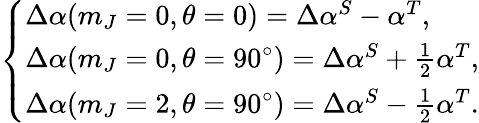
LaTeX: \left\{ \begin{array}{ll}{\Delta\alpha(m_{J}=0,\theta=0)=\Delta\alpha^{S}-\alpha^{T},}\\ {\Delta\alpha(m_{J}=0,\theta=90^{\circ})=\Delta\alpha^{S}+\frac{1}{2}\alpha^{T},}\\ {\Delta\alpha(m_{J}=2,\theta=90^{\circ})=\Delta\alpha^{S}-\frac{1}{2}\alpha^{T}.}\end{array}\right.